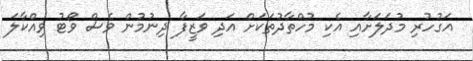
އަގުހުރި މުދަލަށާއި އެކި މުހްތާދުތަކަށް އަދި ވަޒީފާ ދިނުމުން ވެސް ވޯޓު ވިއްކާލަ